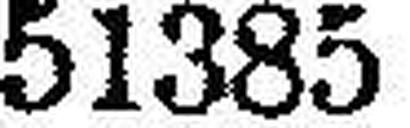
51385